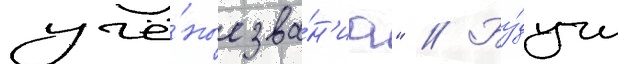
учё́ные зва́н'иа" // Бу́дучи